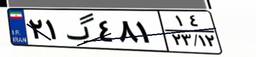
۹۷گ۹۳۷۵۱